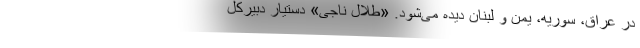
در عراق، سوریه، یمن و لبنان دیده می‌شود. «طلال ناجی» دستیار دبیرکل